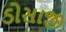
ડોસાજી